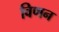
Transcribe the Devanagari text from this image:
विणन